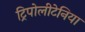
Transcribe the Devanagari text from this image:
ट्रिपोलीटेनिया